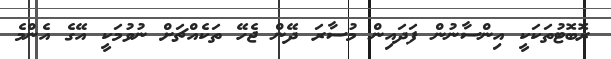
ރޮބޮޓުތަކަކީ އިންސާނުން ފަދައިން މުސާރަ ދޭން ޖެހޭ ތަކެއްޗަށް ނުވުމަކީ އޭގެ އެންމެ